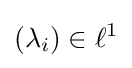
\left(\lambda _{i}\right)\in \ell ^{1}